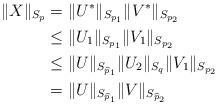
LaTeX: \begin{align*}\|X\|_{S_{p}}&=\|U^{*}\|_{S_{p_{1}}}\|V^{*}\|_{S_{p_{2}}}\\&\leq \|U_{1}\|_{S_{p_{1}}}\|V_{1}\|_{S_{p_{2}}}\\&\leq \|U\|_{S_{\widehat{p}_{1}}}\|U_{2}\|_{S_{q}}\|V_{1}\|_{S_{p_{2}}}\\&=\|U\|_{S_{\widehat{p}_{1}}}\|V\|_{S_{\widehat{p}_{2}}}\end{align*}